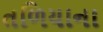
તળિયાના